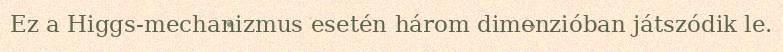
Ez a Higgs-mechanizmus esetén három dimenzióban játszódik le.